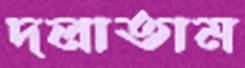
দলাতাম